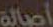
أصالة